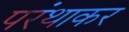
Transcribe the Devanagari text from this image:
परंथाकर